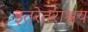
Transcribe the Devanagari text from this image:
इतरेतराश्रय